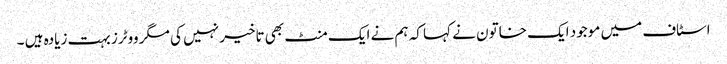
اسٹاف میں موجود ایک خاتون نے کہا کہ ہم نے ایک منٹ بھی تاخیر نہیں کی مگر ووٹرز بہت زیادہ ہیں ۔